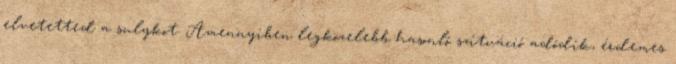
elvetetted a sulykot. Amennyiben legközelebb hasonló szituáció adódik, érdemes